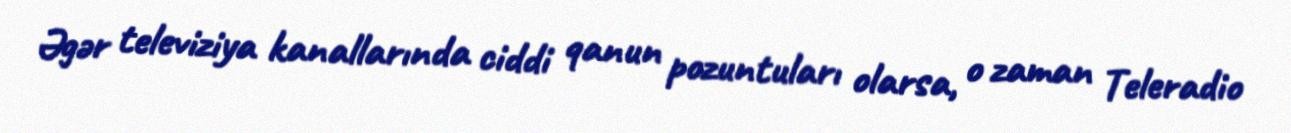
Əgər televiziya kanallarında ciddi qanun pozuntuları olarsa, o zaman Teleradio